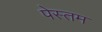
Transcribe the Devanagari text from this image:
पेस्तम